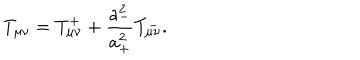
T _ { \mu \nu } = T _ { \mu \nu } ^ { + } + \frac { a _ { - } ^ { 2 } } { a _ { + } ^ { 2 } } T _ { \mu \nu } ^ { - } .